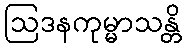
ဩဒနကုမ္မာသန္တိ